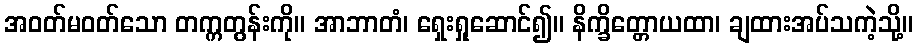
အဝတ်မဝတ်သော တက္ကတွန်းကို။ အာဘာတံ၊ ရှေးရှုဆောင်၍။ နိက္ခိတ္တောယထာ၊ ချထားအပ်သကဲ့သို့။